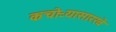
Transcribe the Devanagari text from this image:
कचोऱ्यासारखे